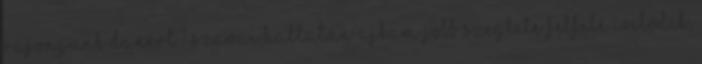
rajongunk Danért? Szavai hallatán ajkam jobb szeglete felfelé ívelődik,